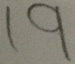
1 9